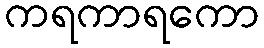
ကရကာရကော